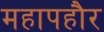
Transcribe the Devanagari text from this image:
महापहौर